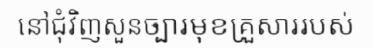
នៅជុំវិញសួនច្បារមុខគ្រួសាររបស់